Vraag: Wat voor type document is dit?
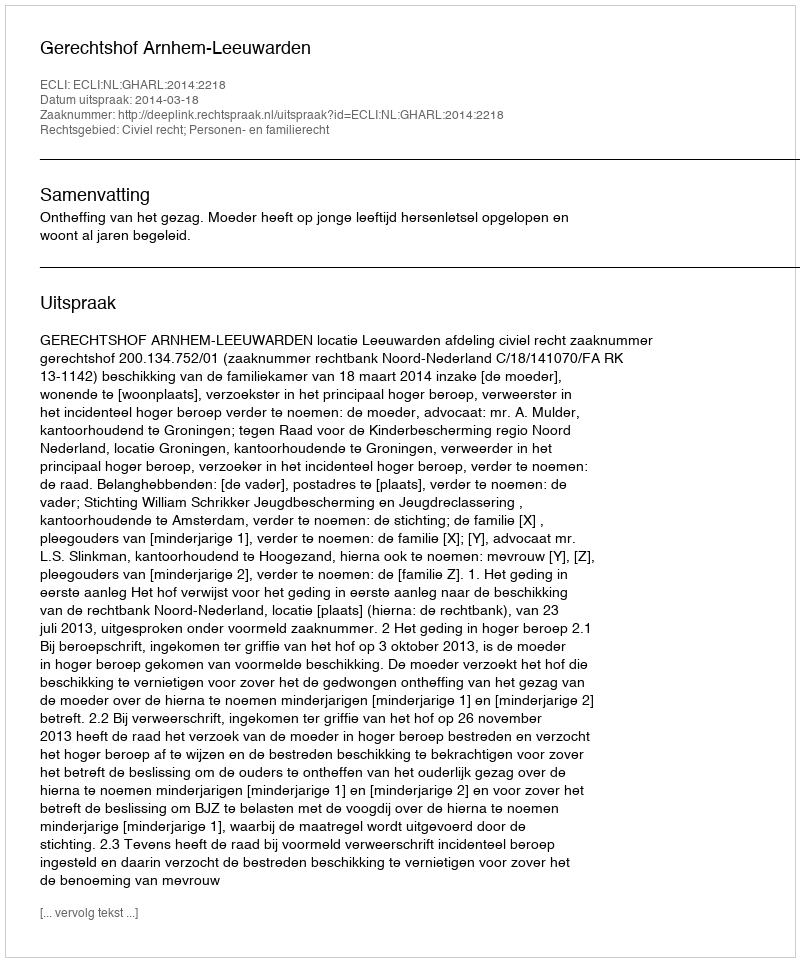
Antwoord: Uitspraak